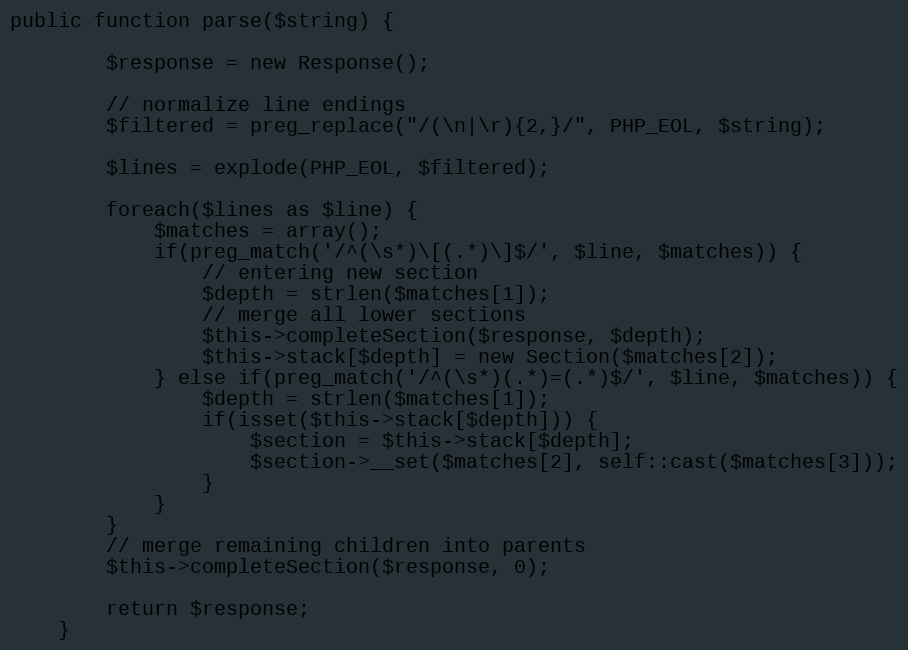
Language: PHP
public function parse($string) {

		$response = new Response();

		// normalize line endings
		$filtered = preg_replace("/(\n|\r){2,}/", PHP_EOL, $string);

		$lines = explode(PHP_EOL, $filtered);

		foreach($lines as $line) {
			$matches = array();
			if(preg_match('/^(\s*)\[(.*)\]$/', $line, $matches)) {
				// entering new section
				$depth = strlen($matches[1]);
				// merge all lower sections
				$this->completeSection($response, $depth);
				$this->stack[$depth] = new Section($matches[2]);
			} else if(preg_match('/^(\s*)(.*)=(.*)$/', $line, $matches)) {
				$depth = strlen($matches[1]);
				if(isset($this->stack[$depth])) {
					$section = $this->stack[$depth];
					$section->__set($matches[2], self::cast($matches[3]));
				}
			}
		}
		// merge remaining children into parents
		$this->completeSection($response, 0);

		return $response;
	}